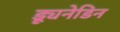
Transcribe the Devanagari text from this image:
ड्यूनेडिन